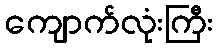
ကျောက်လုံးကြီး